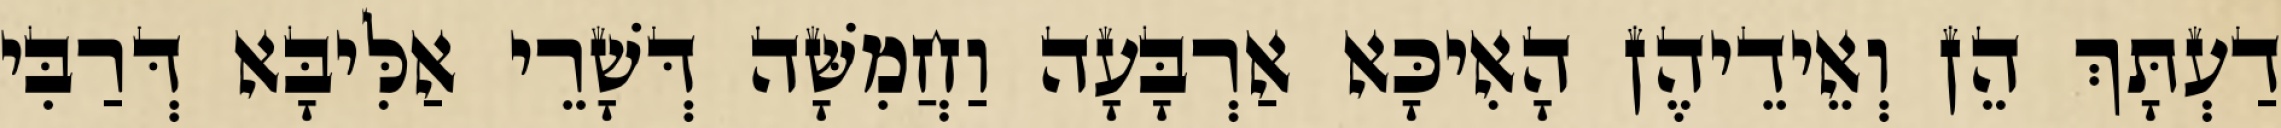
דַעְתָּךְ הֵן וְאֵידֵיהֶן הָאִיכָּא אַרְבָּעָה וַחֲמִשָּׁה דְּשָׁרֵי אַלִּיבָּא דְּרַבִּי